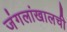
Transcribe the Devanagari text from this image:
जंगलांखालची